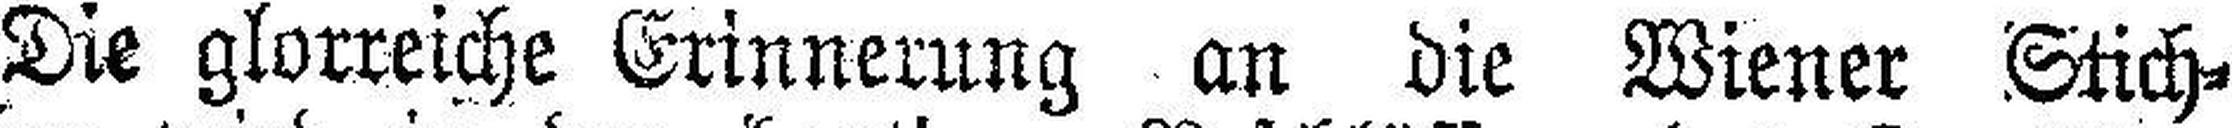
Die glorreiche Erinnerung an die Wiener Stich¬